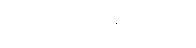
အလုပ်လုပ်နေသည့်